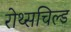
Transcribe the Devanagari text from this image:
रोथ्सचिल्ड